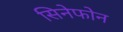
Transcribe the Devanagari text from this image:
सिनेफोन